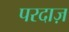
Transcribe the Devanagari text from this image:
परदाज़